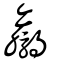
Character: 驘